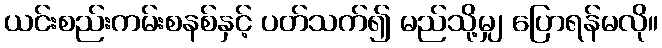
ယင်းစည်းကမ်းစနစ်နှင့် ပတ်သက်၍ မည်သို့မျှ ပြောရန်မလို။